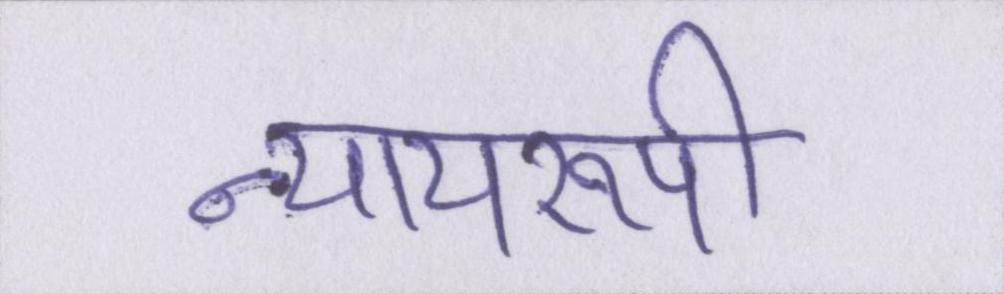
न्यायरूपी